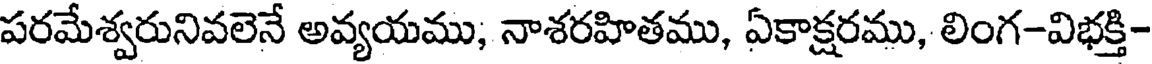
పరమేశ్వరునివలెనే అవ్యయము, నాశరహితము, ఏకాక్షరము, లింగ-విభక్తి-